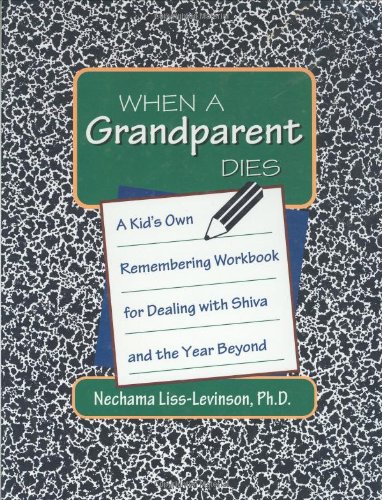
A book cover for When a Grandparent Dies: A Kid's Own Remembering Workbook for Dealing with Shiva and the Year Beyond; Nechama Liss-Levinson; Children's Books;